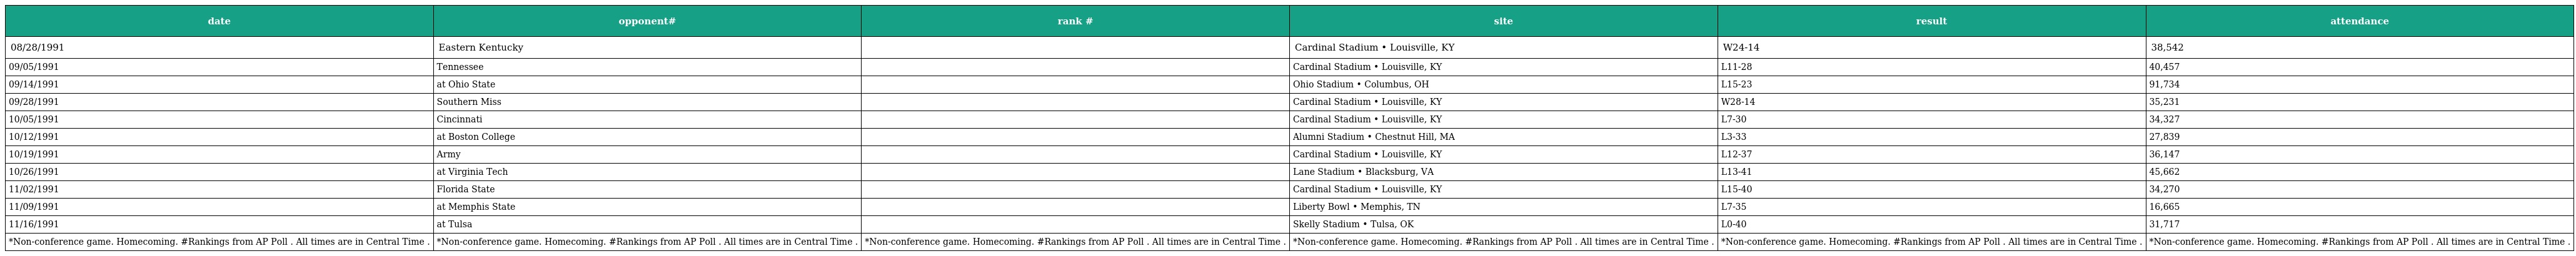
| date | opponent# | rank # | site | result | attendance |
 | --- | --- | --- | --- | --- | --- |
 | 08/28/1991 | Eastern Kentucky |  | Cardinal Stadium • Louisville, KY | W24-14 | 38,542 |
 | 09/05/1991 | Tennessee |  | Cardinal Stadium • Louisville, KY | L11-28 | 40,457 |
 | 09/14/1991 | at Ohio State |  | Ohio Stadium • Columbus, OH | L15-23 | 91,734 |
 | 09/28/1991 | Southern Miss |  | Cardinal Stadium • Louisville, KY | W28-14 | 35,231 |
 | 10/05/1991 | Cincinnati |  | Cardinal Stadium • Louisville, KY | L7-30 | 34,327 |
 | 10/12/1991 | at Boston College |  | Alumni Stadium • Chestnut Hill, MA | L3-33 | 27,839 |
 | 10/19/1991 | Army |  | Cardinal Stadium • Louisville, KY | L12-37 | 36,147 |
 | 10/26/1991 | at Virginia Tech |  | Lane Stadium • Blacksburg, VA | L13-41 | 45,662 |
 | 11/02/1991 | Florida State |  | Cardinal Stadium • Louisville, KY | L15-40 | 34,270 |
 | 11/09/1991 | at Memphis State |  | Liberty Bowl • Memphis, TN | L7-35 | 16,665 |
 | 11/16/1991 | at Tulsa |  | Skelly Stadium • Tulsa, OK | L0-40 | 31,717 |
 | *Non-conference game. Homecoming. #Rankings from AP Poll . All times are in Central Time . | *Non-conference game. Homecoming. #Rankings from AP Poll . All times are in Central Time . | *Non-conference game. Homecoming. #Rankings from AP Poll . All times are in Central Time . | *Non-conference game. Homecoming. #Rankings from AP Poll . All times are in Central Time . | *Non-conference game. Homecoming. #Rankings from AP Poll . All times are in Central Time . | *Non-conference game. Homecoming. #Rankings from AP Poll . All times are in Central Time . |